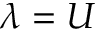
\lambda = U